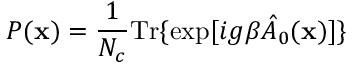
P ( { \bf x } ) = \frac 1 { N _ { c } } \mathrm { T r } \{ \exp [ i g \beta \hat { A } _ { 0 } ( { \bf x } ) ] \}